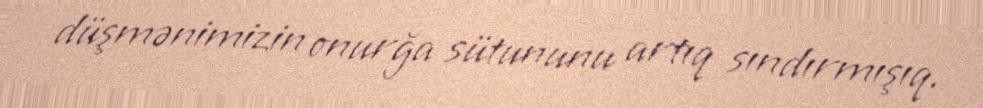
düşmənimizin onurğa sütununu artıq sındırmışıq.